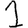
Digit: 1